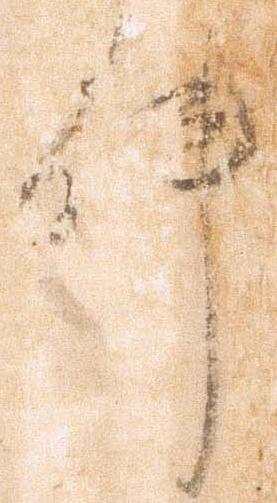
件